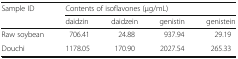
| <ROWSPAN=2> Sample ID | <COLSPAN=4> Contents of isoflavones (μg/mL) |
 | daidzin | daidzein | genistin | genistein |
 | --- | --- | --- | --- | --- |
 | Raw soybean | 706.41 | 24.88 | 937.94 | 29.19 |
 | Douchi | 1178.05 | 170.90 | 2027.54 | 265.33 |